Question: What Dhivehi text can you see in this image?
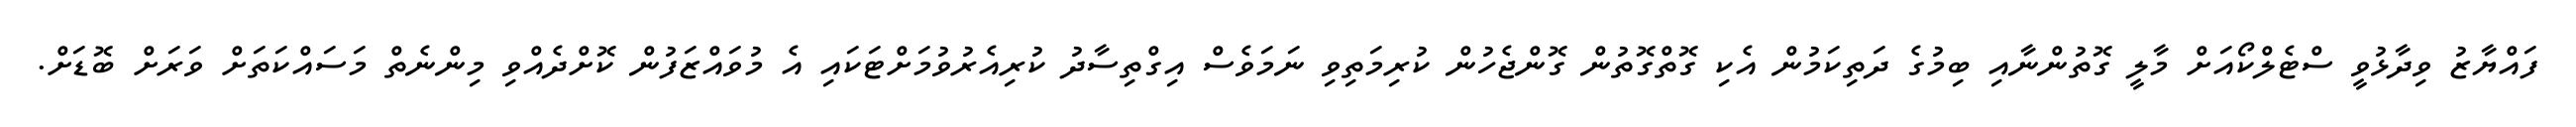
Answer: ފައްޔާޒު ވިދާޅުވީ ސްޓެލްކޯއަށް މާލީ ގޮތުންނާއި ބިމުގެ ދަތިކަމުން އެކި ގޮތްގޮތުން ގޮންޖެހުން ކުރިމަތިވި ނަމަވެސް އިގްތިސާދު ކުރިއެރުވުމަށްޓަކައި އެ މުވައްޒަފުން ކޮށްދެއްވި މިންނެތް މަސައްކަތަށް ވަރަށް ބޮޑަށް.